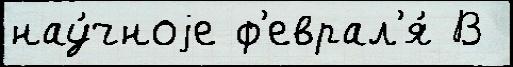
нау́чноjе ф'еврал'я́ В